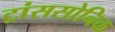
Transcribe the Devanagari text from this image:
ट्रांससोनिक